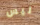
ليس